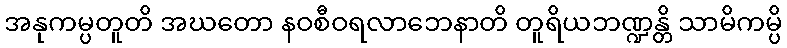
အနုကမ္ပတူတိ အဃတော နဝစီဝရလာဘေနာတိ တူရိယဘဏ္ဍန္တိ သာမိကမ္ပိ